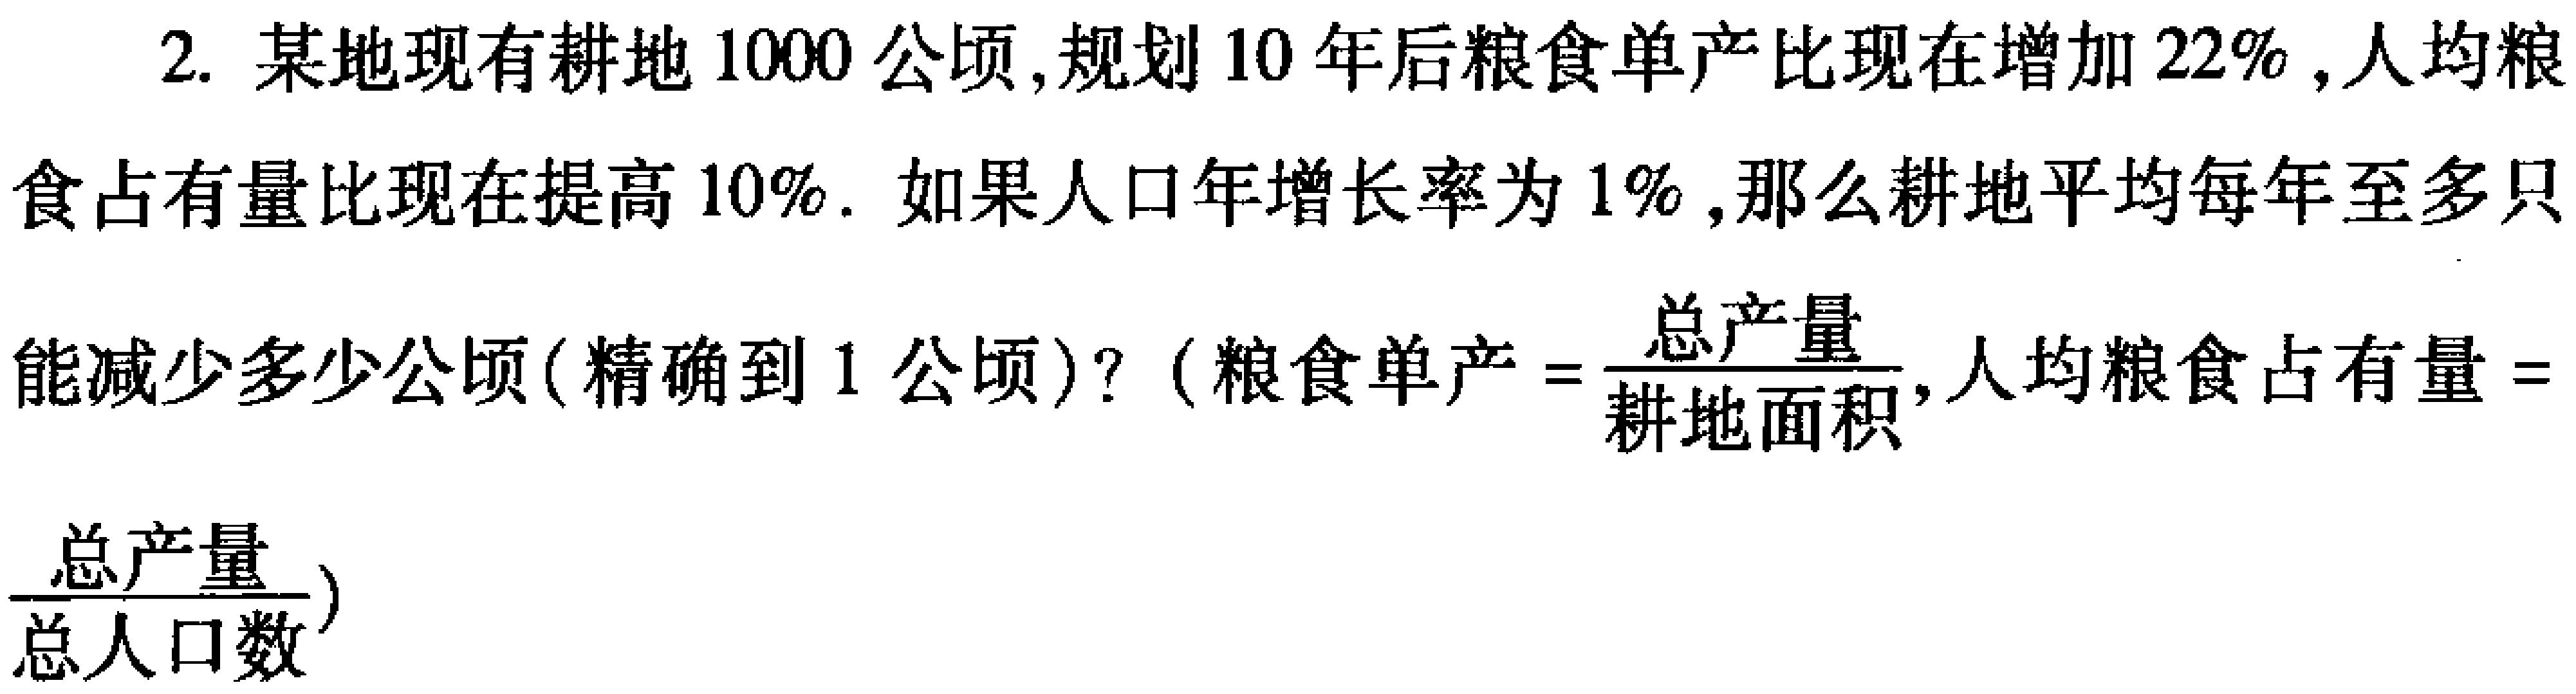
2. 某地现有耕地$1000$公顷,规划$10$年后粮食单产比现在增加$22\%$,人均粮食占有量比现在提高$10\%$. 如果人口年增长率为$1\%$,那么耕地平均每年至多只能减少多少公顷(精确到$1$公顷)? (粮食单产$=\frac{总产量}{耕地面积}$,人均粮食占有量$=$$\frac{总产量}{总人口数}$)